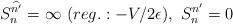
LaTeX: \begin{align*}S_{n}^{\widehat{n'}}=\infty\ (reg.:-V/2\epsilon),\ S_{n}^{n'}=0\end{align*}